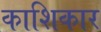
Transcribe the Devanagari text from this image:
काशिकार